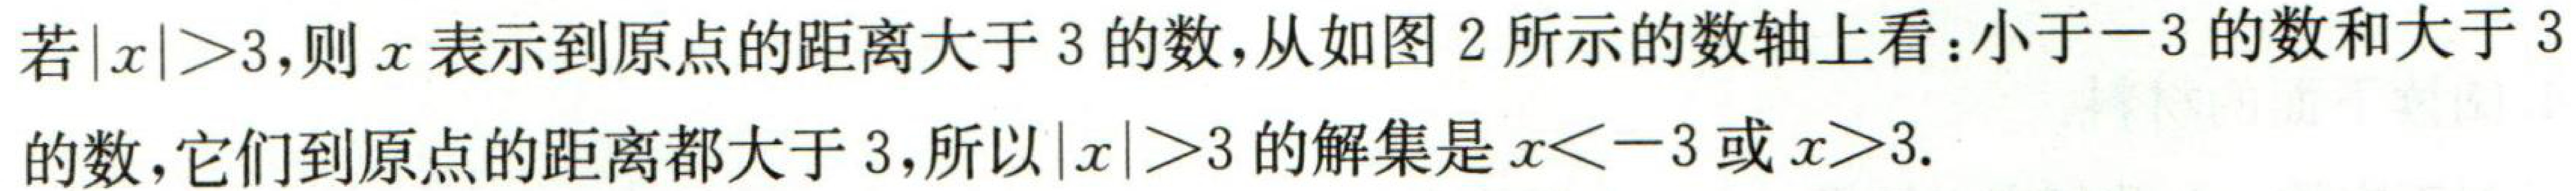
若\(\vert x\vert>3\)，则\(x\)表示到原点的距离大于\(3\)的数，从如图2所示的数轴上看：小于\(-3\)的数和大于
的数，它们到原点的距离都大于\(3\)，所以\(\vert x\vert>3\)的解集是\(x < - 3\)或\(x>3\).